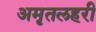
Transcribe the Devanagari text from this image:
अमृतलहरी